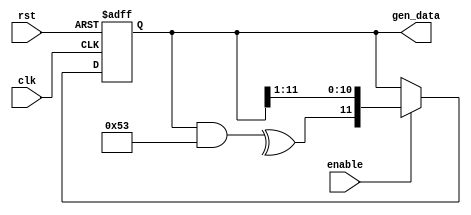
`timescale 1ns / 1ps
//////////////////////////////////////////////////////////////////////////////////
// Company: 
// Engineer: 
// 
// Design Name: 
// Module Name:    generate 
// Project Name: 
// Target Devices: 
// Tool versions: 
// Description: 
//
// Dependencies: 
//
// Revision: 
// Revision 0.01 - File Created
// Additional Comments: 
//
//////////////////////////////////////////////////////////////////////////////////
module gen(
    input rst,
    input clk,
    input enable,
    output reg [11:0] gen_data
    );

parameter TAPS = 12'b0000_0101_0011;

wire feedback = (^ (gen_data & TAPS));

always@(posedge clk or negedge rst)
	if(!rst)
		gen_data <= {{11{1'b0}}, 1'b1};
	else if (enable)
		gen_data <= {feedback, gen_data[11 : 1]};
		


endmodule